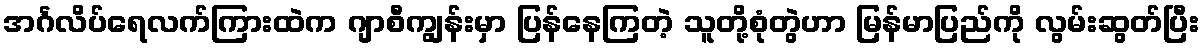
အင်္ဂလိပ်ရေလက်ကြားထဲက ဂျာစီကျွန်းမှာ ပြန်နေကြတဲ့ သူတို့စုံတွဲဟာ မြန်မာပြည်ကို လွမ်းဆွတ်ပြီး